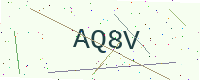
Text: AQ8V